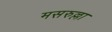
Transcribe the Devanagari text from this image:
मसरुल्ला